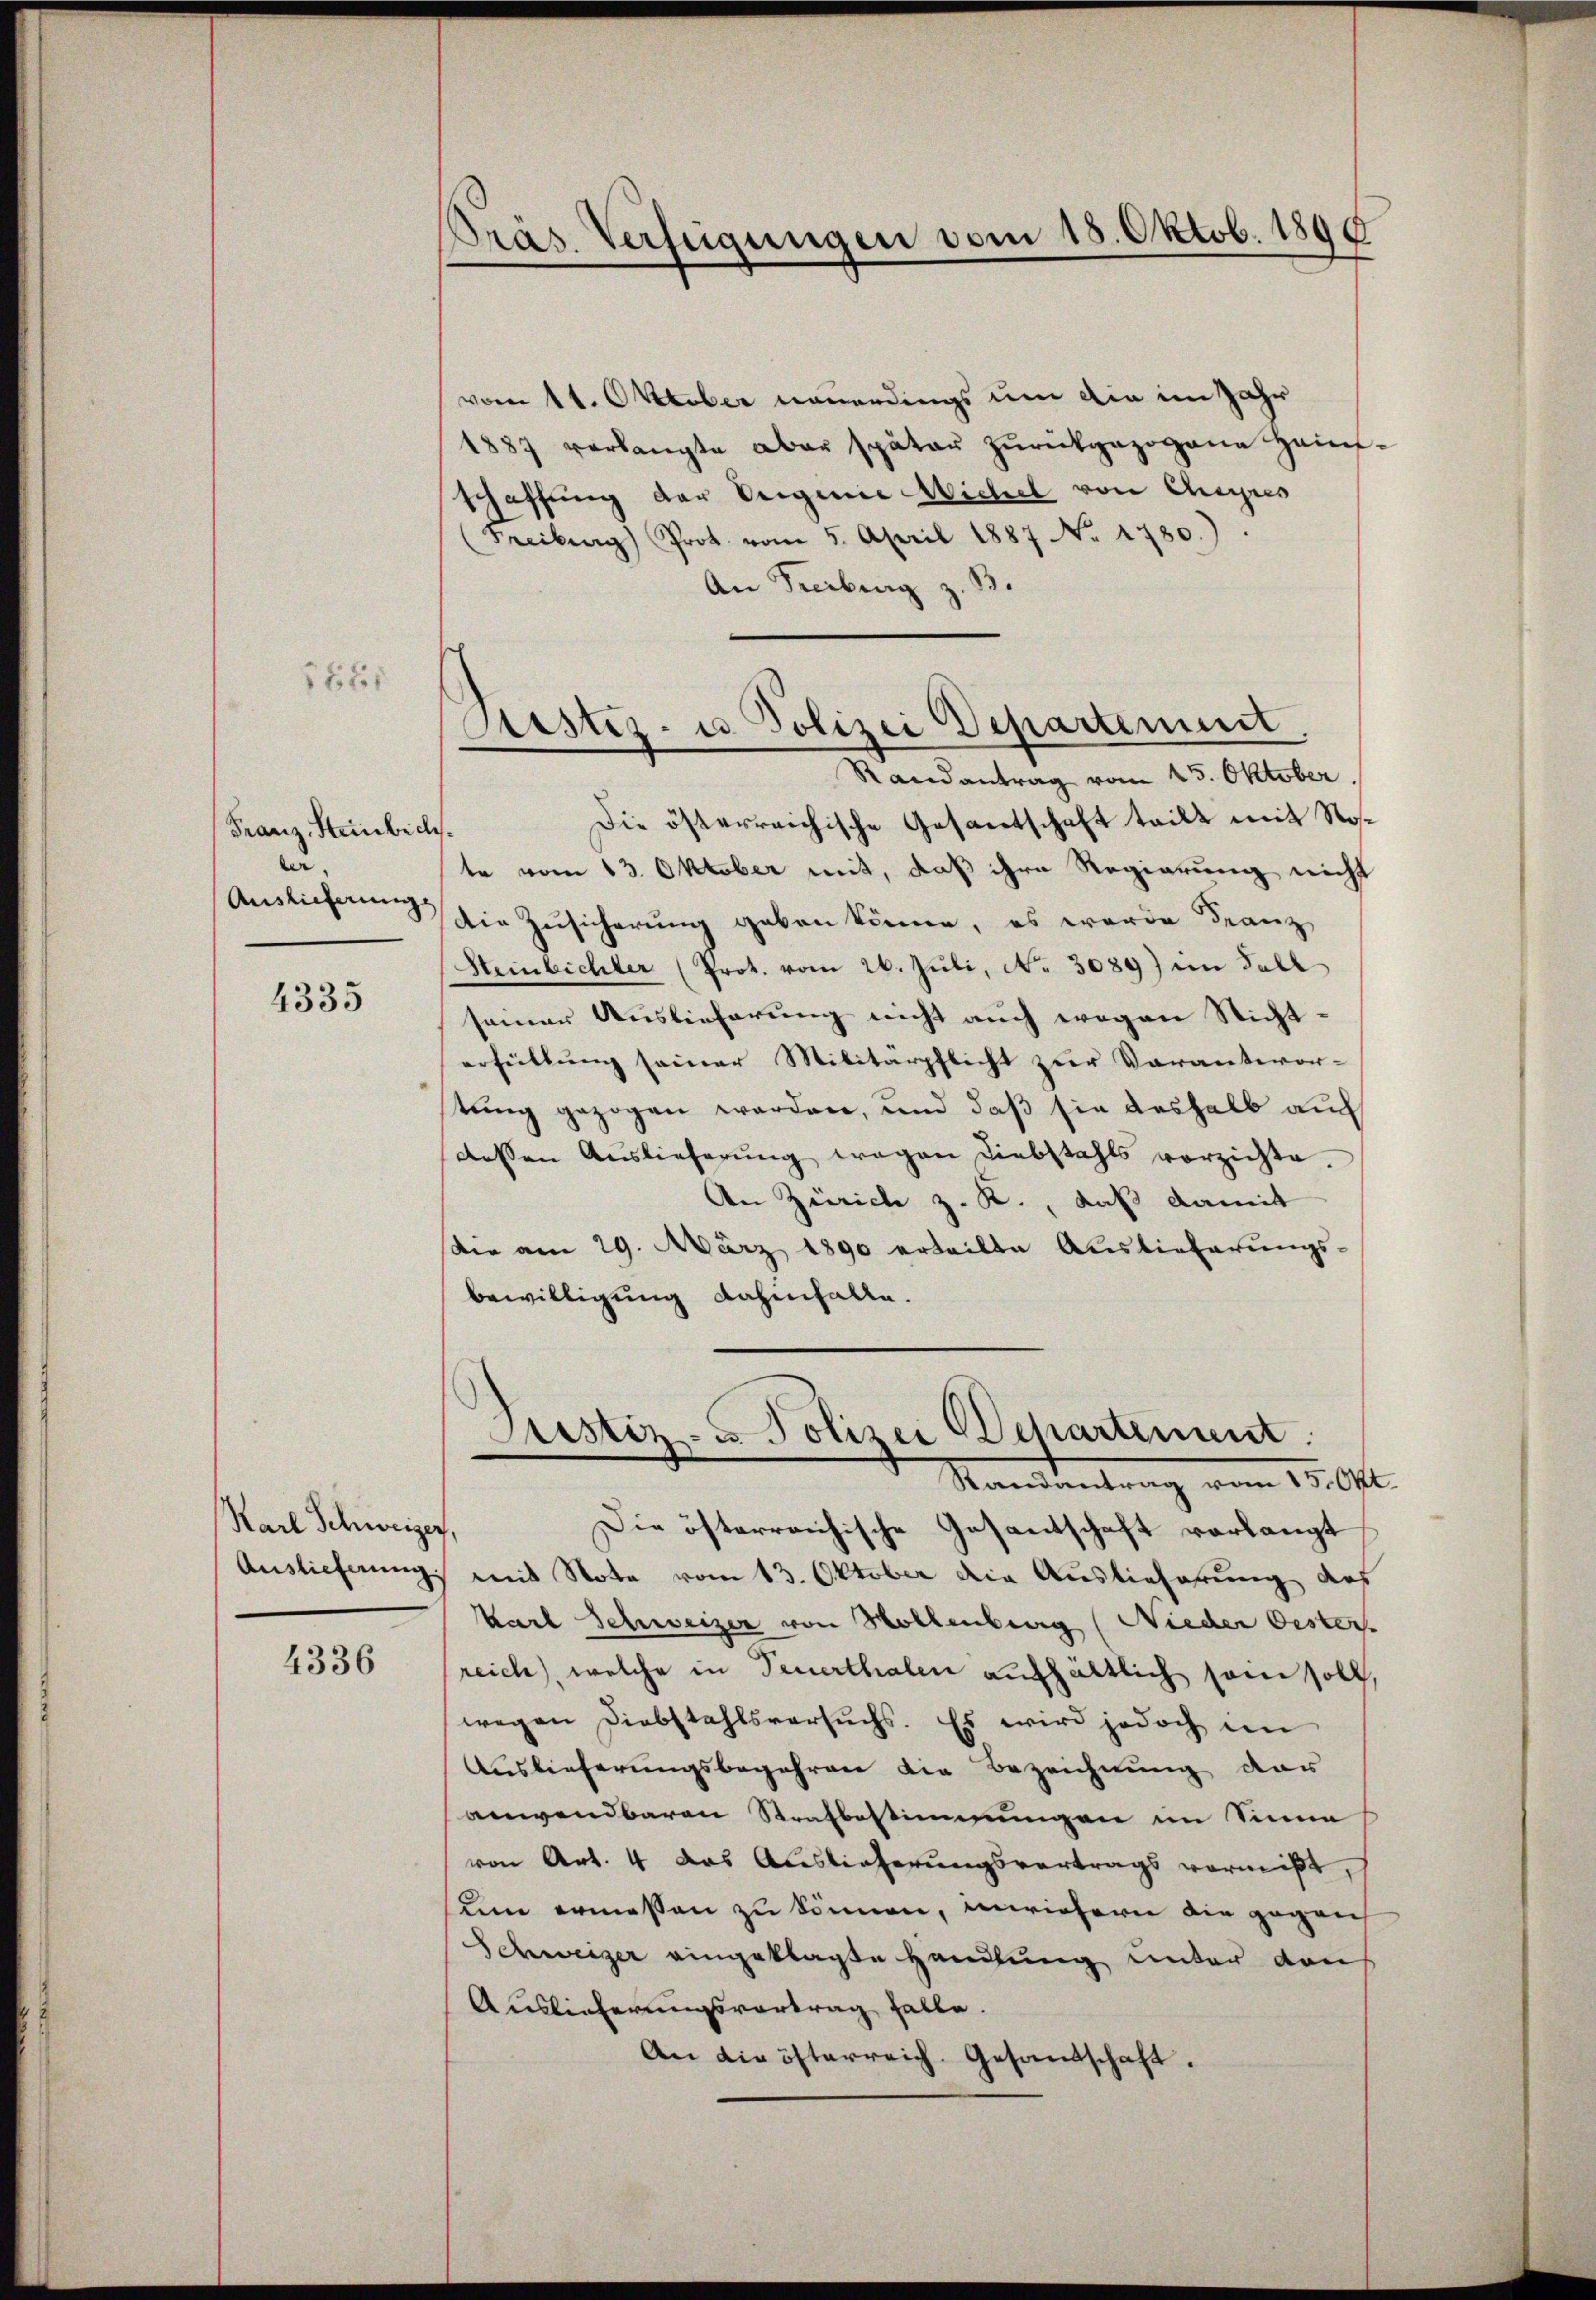
3621

Franz, Steinbeck.
ler
Auslieferungs

4335

Karl Schweizer,

4336

Präs. Verfügungen vom 18. Oktob. 1895

vom 11. Oktober neuerdings um die im Jahr
1887 verlangte aber später zŭrückgezogene Hanfschaffung der Originie Wichel von Chyres
(Freiburg) Prot. vom 5. April 1887 No. 1780.)
An Freiburg z. B.

Justiz- u. Polizei Departement
u
Randantrag vom 25. Oktober.

Die österreichische Gesantschaft teilt mit Note vom 13. Oktober mit, daß ihre Regierung nicht
Die Zusicherung geben könne, es werde Franz
Steinbichter (Prot. vom 26. Juli, No. 3089) im Fall
seiner Auslieferung nicht auch wegen Nichterfüllung seiner Militärpflicht zur Verantwor-
stung gezogen werden, und daß sie deshalb auch
dessen Auslieferŭng wegen Liebstahls vorzichte.
An Zürich z. K., daß damit
die am 29. März 1890 erteilte Auslieferungs-
bewilligung dahinfalle.

Justiz- u. Polizei Departement.
Randantrag vom 15. Okt.

Die österreichische Gesantschaft vorlangt
Auslieferung mit Note vom 13. Oktober die Auslieferung des
Karl Schweizer von Hollenburg (Nieder Oester.
reich, welche in Feuerthalen aufhältlich sein soll,
wegen Diebstahlsversuchs. Es wird jedoch in
Auslieferungsbegehren die Bezeichnung der
anwendbaren Strafbestimmungen im Sinne
von Art. 4 das Auslieferungsvertrags vermißt,
am ermessen zu können, inwiefern die gegen
Schweizer eingeklagte Handlung unter Kaus
Auslieferungsvortrag falle.
An die öfterreich. Gesandschaft.